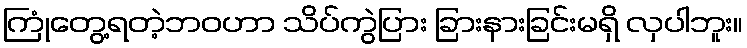
ကြုံတွေ့ရတဲ့ဘဝဟာ သိပ်ကွဲပြား ခြားနားခြင်းမရှိ လှပါဘူး။